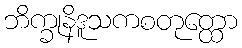
ဘိက္ခုနိဒူသကစတုတ္ထော